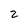
Character: 2